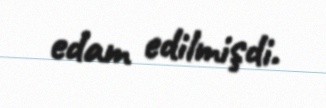
edam edilmişdi.